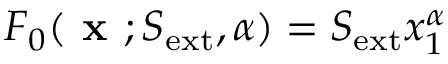
F _ { 0 } ( \textbf { x } ; S _ { \mathrm { e x t } } , \alpha ) = S _ { \mathrm { e x t } } x _ { 1 } ^ { \alpha }